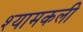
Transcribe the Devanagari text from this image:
श्यामकली